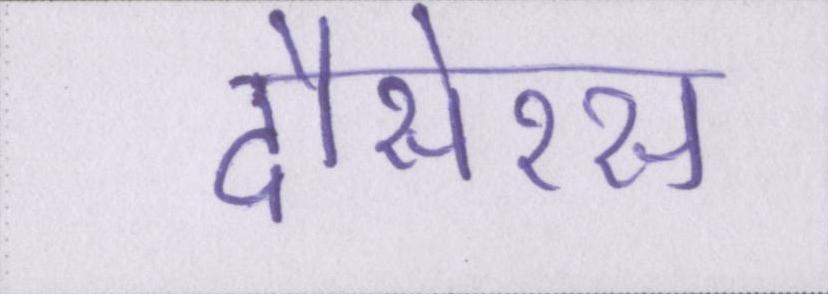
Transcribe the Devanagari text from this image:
दौसेरस